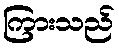
ကြားသည်